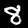
Digit: 8